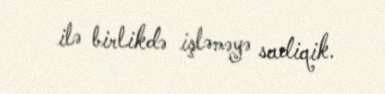
ilə birlikdə işləməyə sadiqik.